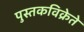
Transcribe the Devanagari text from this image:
पुस्तकविक्रेते